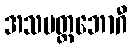
အသမတ္တဘောဂီ